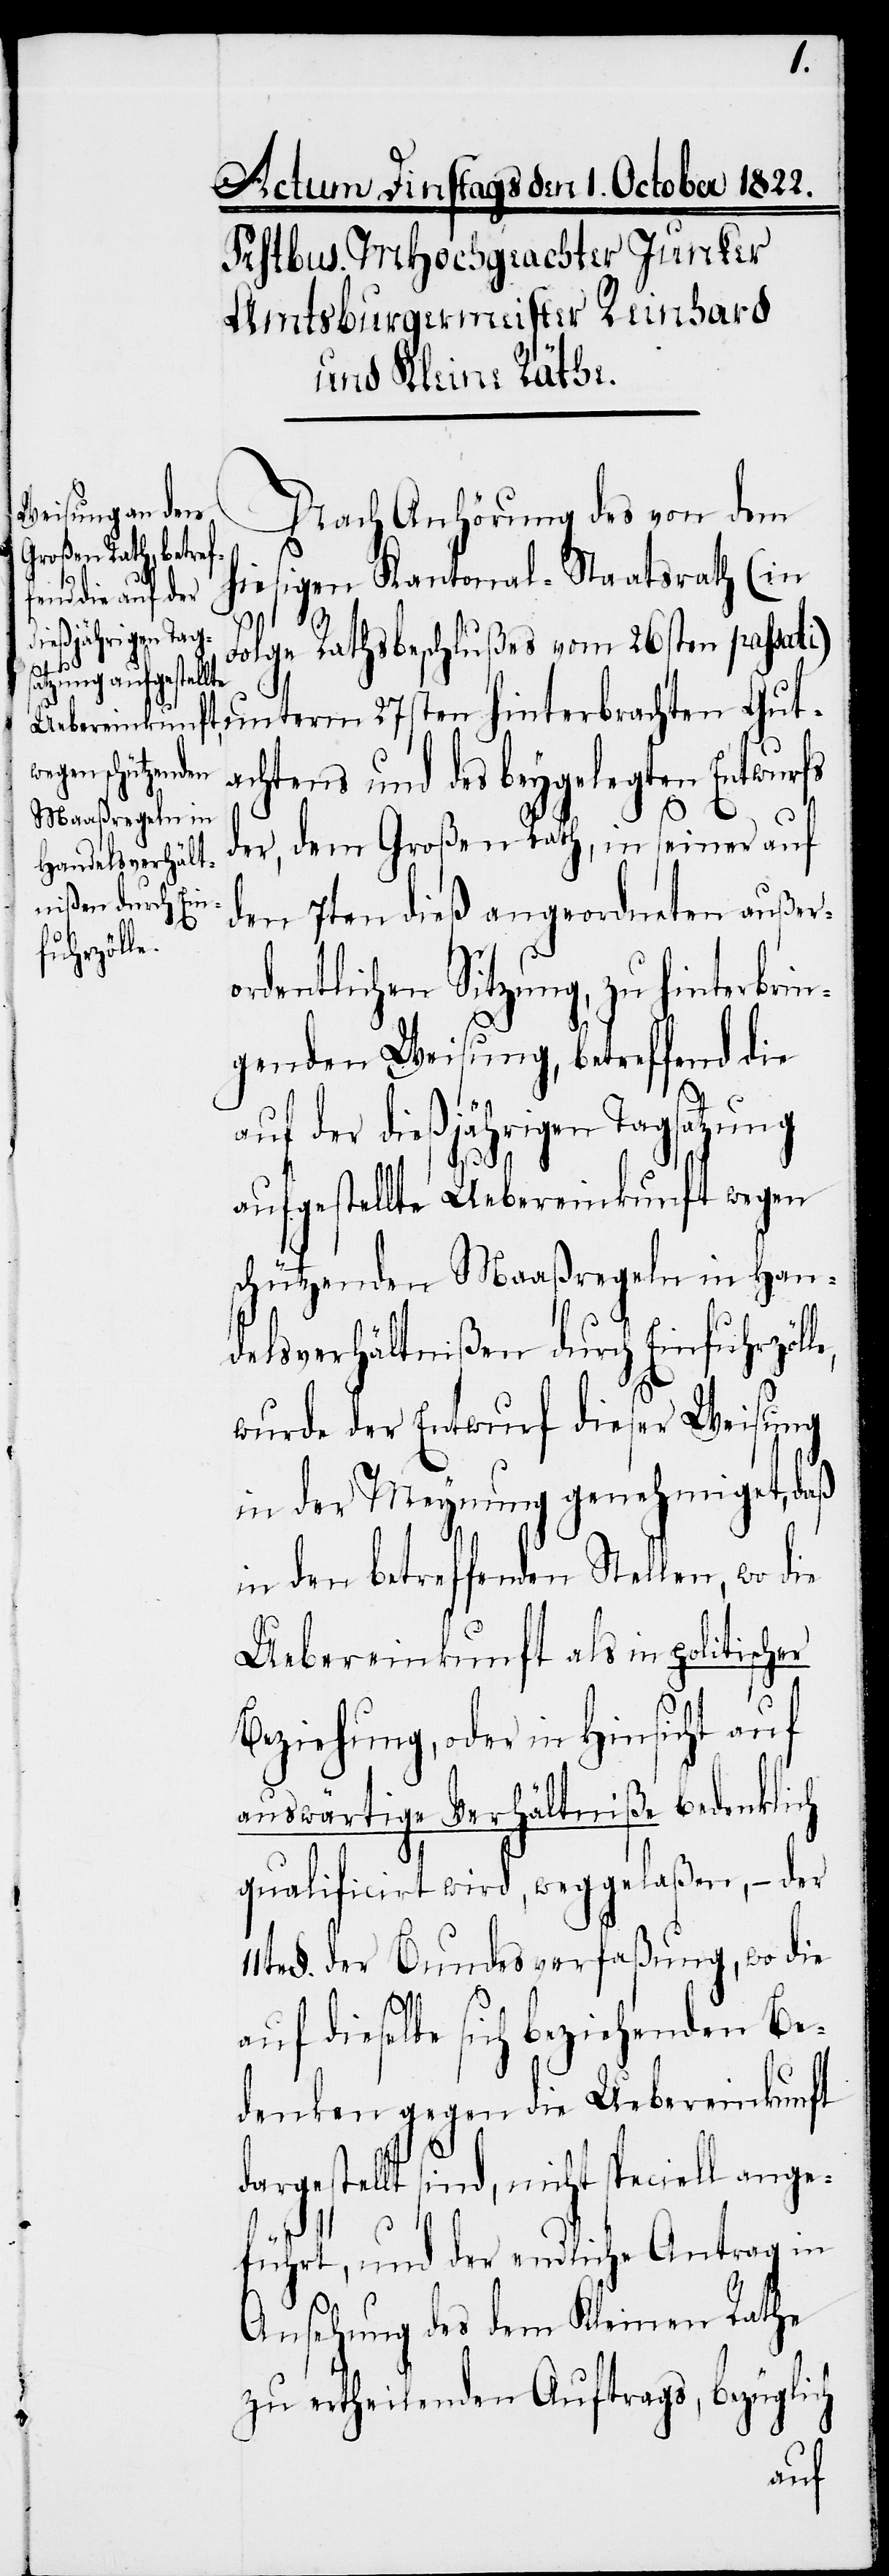
dargestel¬

Nach Anhörung des von dem
hiesigen Kantonal-Staatsrath (in
Folge Rathsbeschlußes vom 26sten passati)
unterm 27sten hinterbrachten Gut¬
achtens und des beygelegten Entwurfs
der, dem Großen Rath, in seiner auf
den 7ten dieß angeordneten außer¬
ordentlichen Sitzung, zu hinterbrin¬
genden Weisung, betreffend die
auf der dießjährigen Tagsatzung
aufgestellte Uebereinkunft wegen
schützenden Maaßregeln in Han¬
delsverhältnißen durch Einfuhrzöl¬
wurde der Entwurf dieser Weisung
in der Meynung genehmiget, daß
in den betreffenden Stellen, wo die
Uebereinkunft als in politischer
Beziehung, oder in Hinsicht auf
auswärtige Verhältniße bedenklich
qualificirt wird, weggelaßen, – der
§. der Bundesverfaßung, wo die
le,
auf dieselbe sich beziehenden Be¬
denken gegen die Uebereinkunft
lt sind, nicht speciell ange¬
führt, und der endliche Antrag in
Ansehung des dem Kleinen Rathe
zu ertheilenden Auftrags, bezüglich